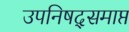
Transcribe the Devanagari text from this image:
उपनिषद्समाप्त